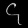
Digit: ၄